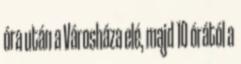
óra után a Városháza elé, majd 10 órától a